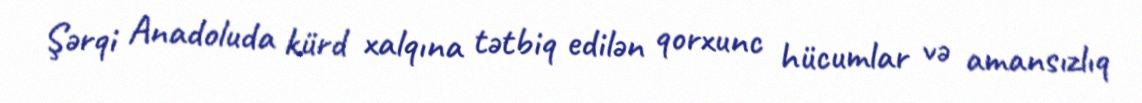
Şərqi Anadoluda kürd xalqına tətbiq edilən qorxunc hücumlar və amansızlıq